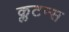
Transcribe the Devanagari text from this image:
क्लटन्स